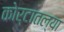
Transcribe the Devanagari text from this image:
कोर्टातल्या